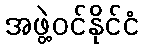
အဖွဲ့ဝင်နိုင်ငံ